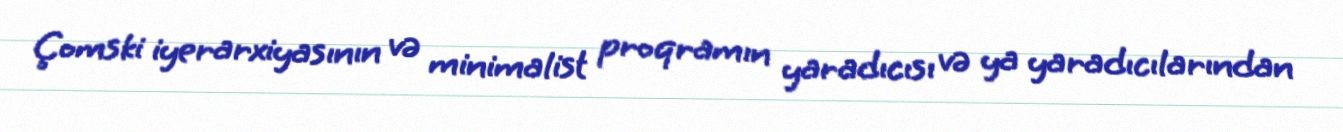
Çomski iyerarxiyasının və minimalist proqramın yaradıcısı və ya yaradıcılarından